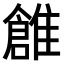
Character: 𩀞